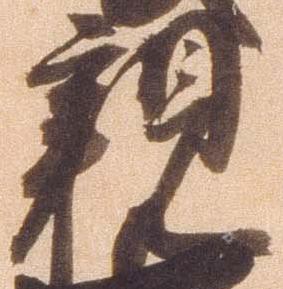
親